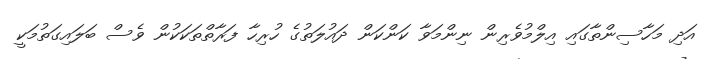
އަދި މަހާސިންތާގައި އިލްމުވެރިން ނިންމަވާ ކަންކަން ދައުލަތުގެ ހުރިހާ ފަރާތްތަކަކުން ވެސް ބަލައިގަތުމަކީ